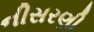
નીસરણી